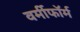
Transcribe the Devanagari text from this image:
वर्मीफॉर्म